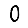
Digit: 0